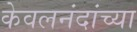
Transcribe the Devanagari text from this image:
केवलनंदांच्या